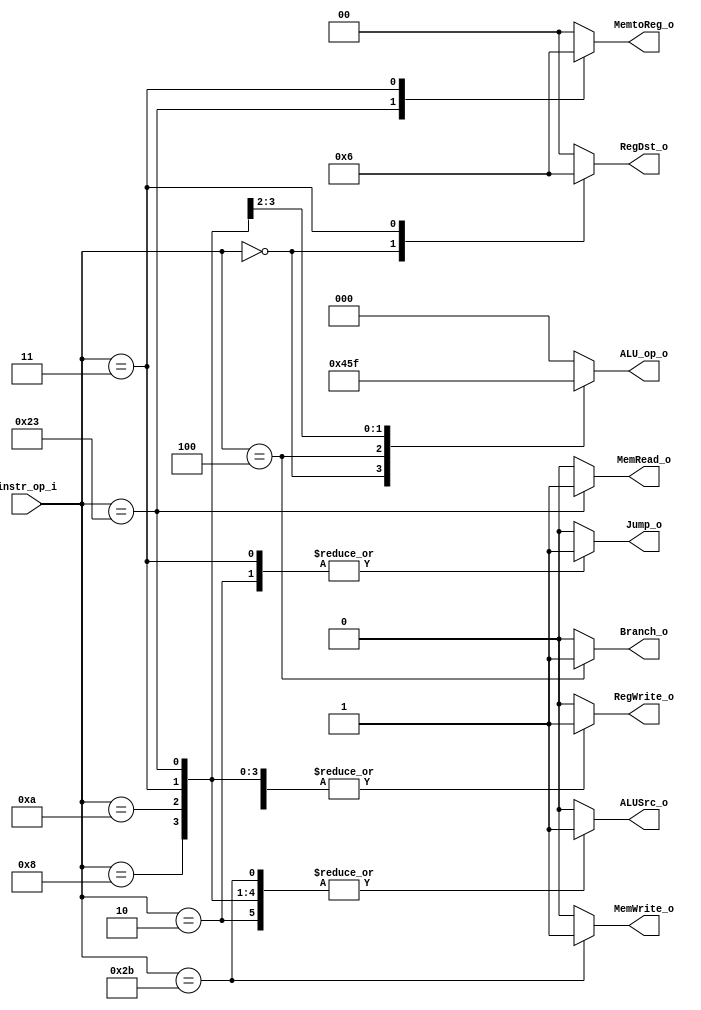
// 0716018
//Subject:     CO project 2 - Decoder
//--------------------------------------------------------------------------------
//Version:     1
//--------------------------------------------------------------------------------
//Writer:      Luke
//----------------------------------------------
//Date:        
//----------------------------------------------
//Description: 
//--------------------------------------------------------------------------------

module Decoder(
    instr_op_i,
	RegWrite_o,
	ALU_op_o,
	ALUSrc_o,
	RegDst_o,
	Branch_o,
	Jump_o,
	MemRead_o,
	MemWrite_o,
	MemtoReg_o
	);
     
//I/O ports
input  [6-1:0]  instr_op_i;

output          RegWrite_o;
output [3-1:0]  ALU_op_o;
output          ALUSrc_o;
output [2-1:0]  RegDst_o;
output          Branch_o;
output			Jump_o;
output			MemRead_o;
output			MemWrite_o;
output [2-1:0]	MemtoReg_o;

//Internal Signals
reg    [3-1:0]  ALU_op_o;
reg    			ALUSrc_o;
reg             RegWrite_o;
reg    [2-1:0]  RegDst_o;
reg             Branch_o;
reg				Jump_o;
reg				MemRead_o;
reg				MemWrite_o;
reg  [2-1:0]	MemtoReg_o;
//Parameter


//Main function
always@(*) begin
	case (instr_op_i)
		0:	// R type
		begin
			ALU_op_o = 3'b010;
			RegDst_o = 1;
			ALUSrc_o = 0;
			RegWrite_o = 1;
			Branch_o = 0;
			MemtoReg_o = 0;
			MemRead_o = 0;
			MemWrite_o = 0;
			Jump_o = 0;
		end
		4: // beq
		begin
			ALU_op_o = 3'b001;
			RegDst_o = 0;	// don't care
			ALUSrc_o = 0;
			RegWrite_o = 0;
			Branch_o = 1;
			MemtoReg_o = 0;	// don't care
			MemRead_o = 0;
			MemWrite_o = 0;
			Jump_o = 0;
		end
		8:	// addi
		begin
			ALU_op_o = 3'b011;
			RegDst_o = 0;
			ALUSrc_o = 1;
			RegWrite_o = 1;
			Branch_o = 0;
			MemtoReg_o = 0;
			MemRead_o = 0;
			MemWrite_o = 0;
			Jump_o = 0;
		end
		10:	// slti
		begin
			ALU_op_o = 3'b111;
			RegDst_o = 0;
			ALUSrc_o = 1;
			RegWrite_o = 1;
			Branch_o = 0;
			MemtoReg_o = 0;
			MemRead_o = 0;
			MemWrite_o = 0;
			Jump_o = 0;
		end
		35:	// lw
		begin
			ALU_op_o = 3'b000;
			RegDst_o = 0;
			ALUSrc_o = 1;
			MemtoReg_o = 1;
			RegWrite_o = 1;
			MemRead_o = 1;
			MemWrite_o = 0;
			Branch_o = 0;
			Jump_o = 0;
		end
		43: // sw
		begin
			ALU_op_o = 3'b000;
			RegDst_o = 0;
			ALUSrc_o = 1;
			MemtoReg_o = 0; // don't care
			RegWrite_o = 0;
			MemRead_o = 0;
			MemWrite_o = 1;
			Branch_o = 0;
			Jump_o = 0;
		end
		2:	// jump
		begin
			ALU_op_o = 3'b000;
			RegDst_o = 0;
			ALUSrc_o = 1;
			RegWrite_o = 0;	// 
			Branch_o = 0;
			MemtoReg_o = 0;
			MemRead_o = 0;
			MemWrite_o = 0;
			Jump_o = 1;
		end
		3:	// jal
		begin
			ALU_op_o = 3'b000;
			RegDst_o = 2;
			ALUSrc_o = 1;
			RegWrite_o = 1; // 
			Branch_o = 0;
			MemtoReg_o = 2;
			MemRead_o = 0;
			MemWrite_o = 0;
			Jump_o = 1;
		end
		default:
		begin
			ALU_op_o = 3'b000;
			RegDst_o = 0;
			ALUSrc_o = 0;
			RegWrite_o = 0; // 
			Branch_o = 0;
			MemtoReg_o = 0;
			MemRead_o = 0;
			MemWrite_o = 0;
			Jump_o = 0;
		end
	endcase
end


endmodule